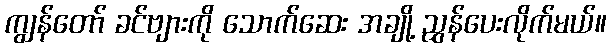
ကျွန်တော် ခင်ဗျားကို သောက်ဆေး အချို့ ညွှန်ပေးလိုက်မယ်။